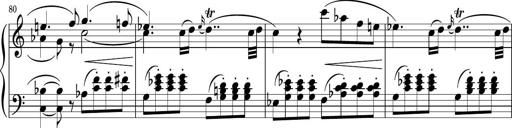
Title: Sonatina PandemÃ³nium
Composer: VÃ­ctor Carbajo
Key: C major